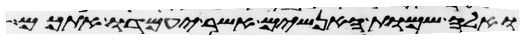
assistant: ואלה שמות האנשים אשר יעמדו אתכם